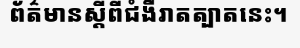
ព័ត៌មានស្តីពីជំងឺរាតត្បាតនេះ។